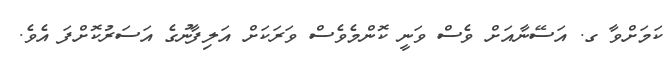
ކަމަށްވާ ގ. އަސޭނާއަށް ވެސް ވަނީ ކޮންމެވެސް ވަރަކަށް އަލިފާނުގެ އަސަރުކޮށްފަ އެވެ.